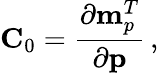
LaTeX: {\mathbf C}_{0}=\frac{\partial{\mathbf m}_{p}^{T}}{\partial{\mathbf p}}\, ,